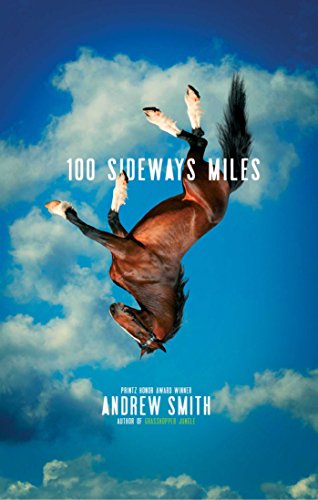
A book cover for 100 Sideways Miles; Andrew Smith; Teen & Young Adult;